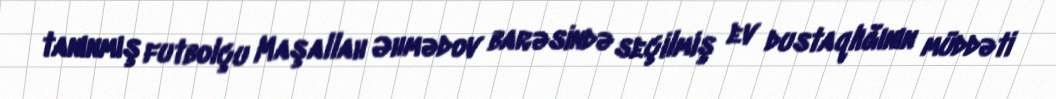
tanınmış futbolçu Maşallah Əhmədov barəsində seçilmiş ev dustaqlığının müddəti